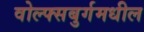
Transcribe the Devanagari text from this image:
वोल्फ्सबुर्गमधील